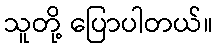
သူတို့ ပြောပါတယ်။